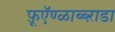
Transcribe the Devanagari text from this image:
फ़ूऍण्ळाब्ब्ऱाडा